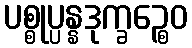
ပစ္စုပ္ပန္နဒုက္ခဉ္စေဝ